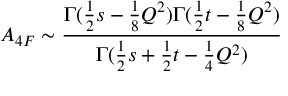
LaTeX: A _ { 4 F } \sim \frac { \Gamma ( \frac { 1 } { 2 } s - \frac { 1 } { 8 } Q ^ { 2 } ) \Gamma ( \frac { 1 } { 2 } t - \frac { 1 } { 8 } Q ^ { 2 } ) } { \Gamma ( \frac { 1 } { 2 } s + \frac { 1 } { 2 } t - \frac { 1 } { 4 } Q ^ { 2 } ) }